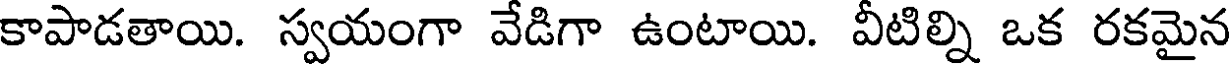
కాపాడతాయి. స్వయంగా వేడిగా ఉంటాయి. వీటిల్ని ఒక రకమైన